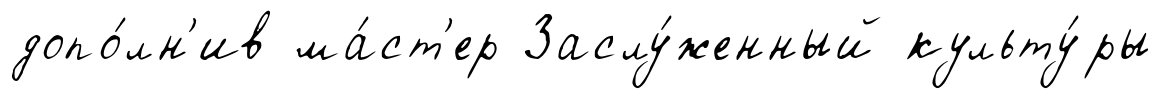
допо́лн'ив ма́ст'ер Заслу́женный культу́ры